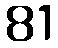
81